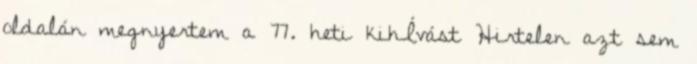
oldalán megnyertem a 77. heti kihÍvást Hirtelen azt sem